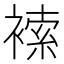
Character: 𧛻